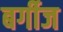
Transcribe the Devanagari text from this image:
बर्गीज